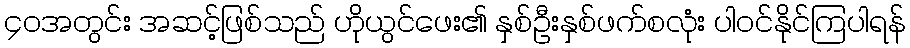
၄၀အတွင်း အဆင့်ဖြစ်သည် ဟိုယွင်ဖေး၏ နှစ်ဦးနှစ်ဖက်စလုံး ပါဝင်နိုင်ကြပါရန်